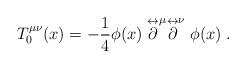
\begin{align*}T^{\mu \nu}_0 (x)= - {1 \over 4} \phi (x)\buildrel \leftrightarrow\over \partial^{\mu} \buildrel \leftrightarrow\over \partial^{\nu} \phi (x) \;.\end{align*}